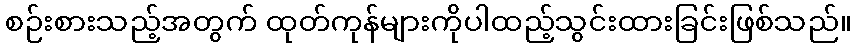
စဉ်းစားသည့်အတွက် ထုတ်ကုန်များကိုပါထည့်သွင်းထားခြင်းဖြစ်သည်။